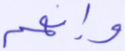
وإنهم